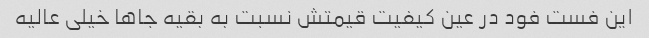
این فست فود در عین کیفیت قیمتش نسبت به بقیه جاها خیلی عالیه